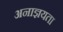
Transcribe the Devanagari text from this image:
अनाज्ञयता